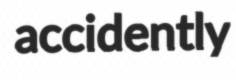
accidently